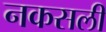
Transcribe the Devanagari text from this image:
नकसली